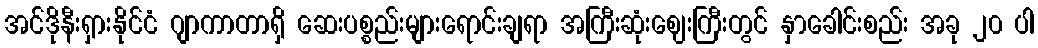
အင်ဒိုနီးရှားနိုင်ငံ ဂျာကာတာရှိ ဆေးပစ္စည်းများရောင်းချရာ အကြီးဆုံးဈေးကြီးတွင် နှာခေါင်းစည်း အခု ၂၀ ပါ